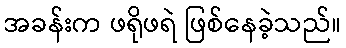
အခန်းက ဖရိုဖရဲ ဖြစ်နေခဲ့သည်။